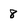
Character: 8